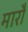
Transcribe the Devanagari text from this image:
मारौं